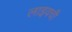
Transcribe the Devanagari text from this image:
लाइवची